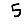
Digit: 5